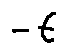
- t